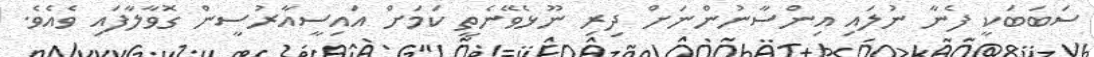
ސަބަބަކީ ފެނާ ނުލައި އިންސާނުންނަށް ދިރި ނޫޅެވޭނެތީ ކަމަށް އައިސީއާރުސީން ގޮވާލާފައި ވެއެވެ.